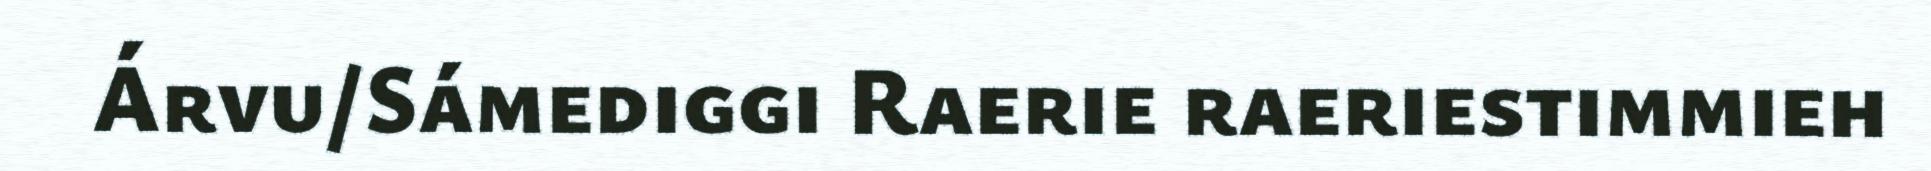
Árvu/Sámediggi Raerie raeriestimmieh